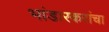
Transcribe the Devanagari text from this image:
भांडारकरांचा